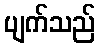
ပျက်သည်